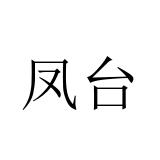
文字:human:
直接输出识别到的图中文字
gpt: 凤台